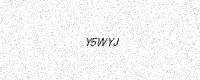
Text: Y5WYJ